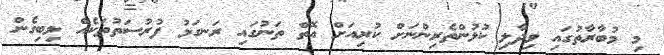
މި މުބާރާތުގައި ވިދާލި ކުޅުންތެރިންނަށް ކުރިއަށް އޮތް ތަނުގައި ރަނގަޅު ފުރުސަތުތަކެއް ލިބިގެން